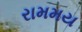
રામમય